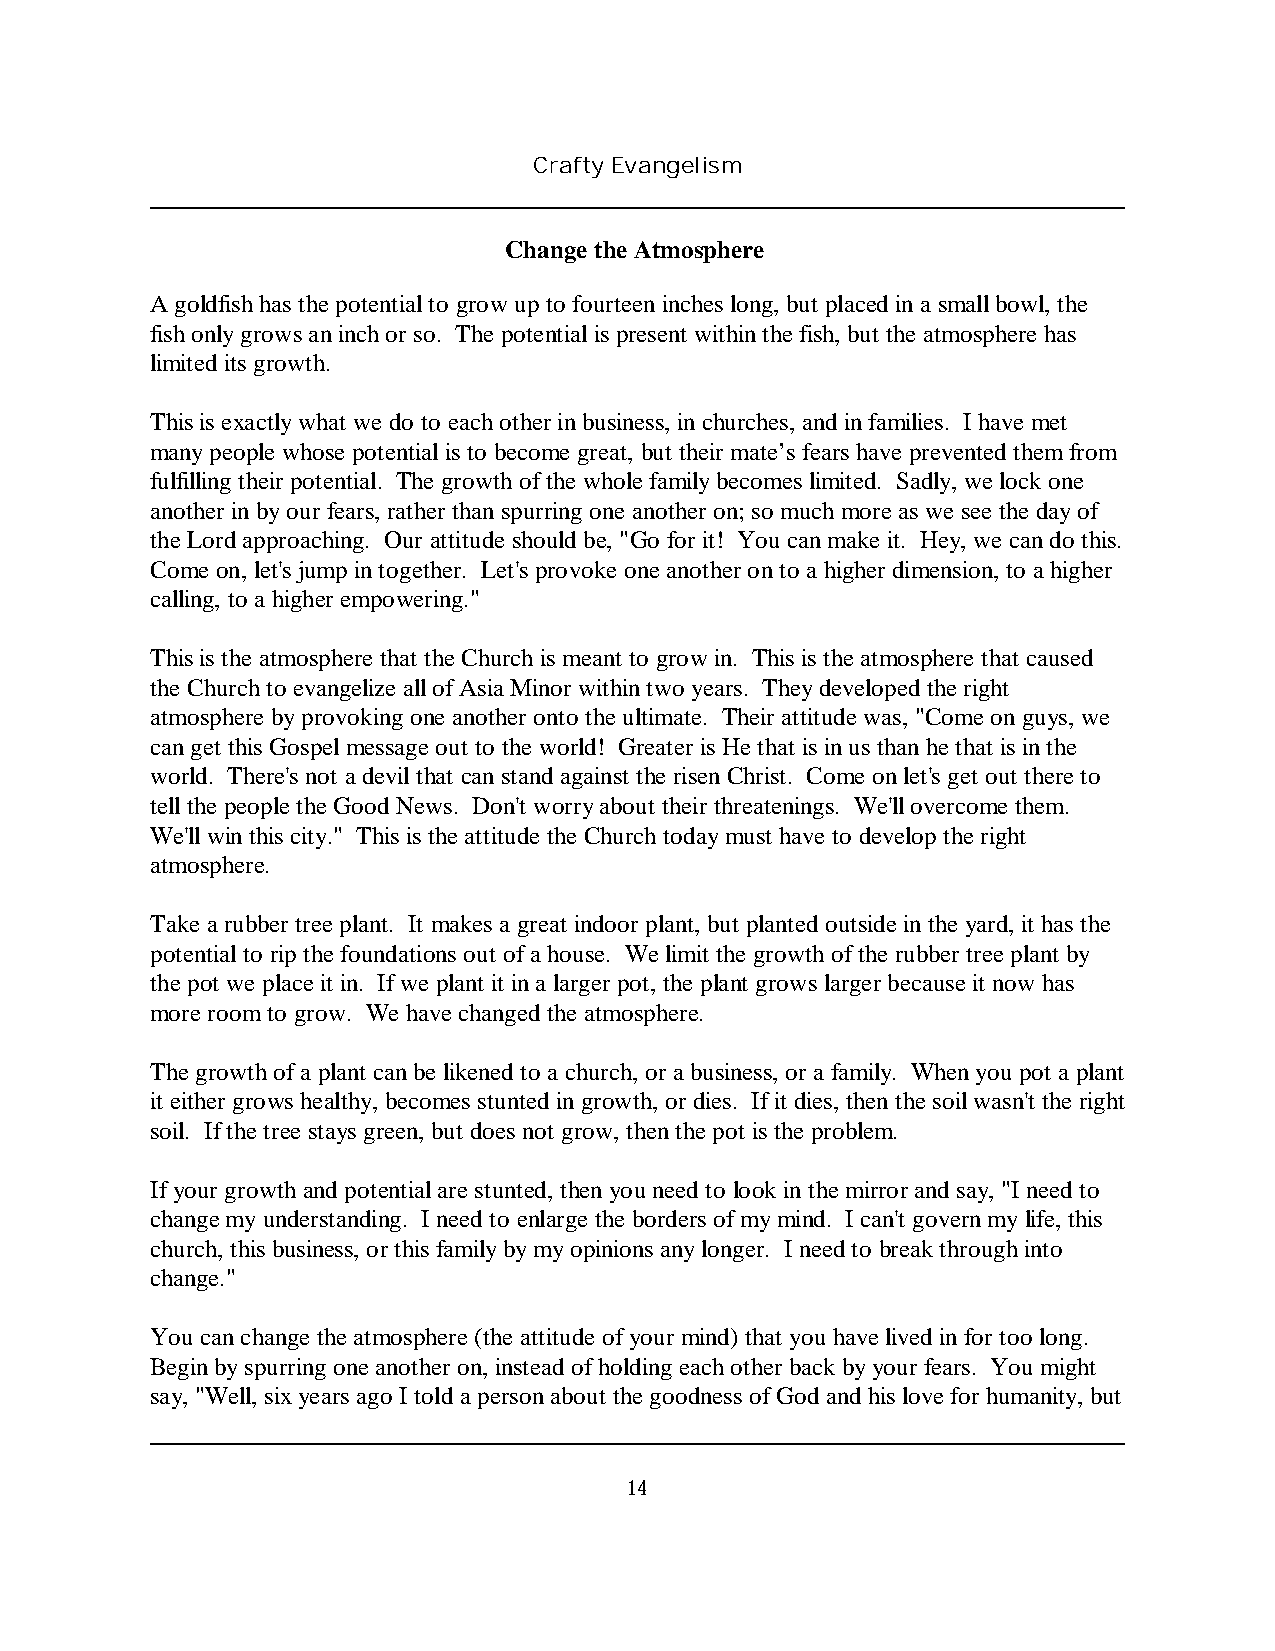
Crafty Evangelism
 Change the Atmosphere
 A goldfish has the potential to grow up to fourteen inches long, but placed in a small bowl, the
 fish only grows an inch or so. The potential is present within the fish, but the atmosphere has
 limited its growth.
 This is exactly what we do to each other in business, in churches, and in families. I have met
 many people whose potential is to become great, but their mate’s fears have prevented them from
 fulfilling their potential. The growth of the whole family becomes limited. Sadly, we lock one
 another in by our fears, rather than spurring one another on; so much more as we see the day of
 the Lord approaching. Our attitude should be, "Go for it! You can make it. Hey, we can do this.
 Come on, let's jump in together. Let's provoke one another on to a higher dimension, to a higher
 calling, to a higher empowering."
 This is the atmosphere that the Church is meant to grow in. This is the atmosphere that caused
 the Church to evangelize all of Asia Minor within two years. They developed the right
 atmosphere by provoking one another onto the ultimate. Their attitude was, "Come on guys, we
 can get this Gospel message out to the world! Greater is He that is in us than he that is in the
 world. There's not a devil that can stand against the risen Christ. Come on let's get out there to
 tell the people the Good News. Don't worry about their threatenings. We'll overcome them.
 We'll win this city." This is the attitude the Church today must have to develop the right
 atmosphere.
 Take a rubber tree plant. It makes a great indoor plant, but planted outside in the yard, it has the
 potential to rip the foundations out of a house. We limit the growth of the rubber tree plant by
 the pot we place it in. If we plant it in a larger pot, the plant grows larger because it now has
 more room to grow. We have changed the atmosphere.
 The growth of a plant can be likened to a church, or a business, or a family. When you pot a plant
 it either grows healthy, becomes stunted in growth, or dies. If it dies, then the soil wasn't the right
 soil. If the tree stays green, but does not grow, then the pot is the problem.
 If your growth and potential are stunted, then you need to look in the mirror and say, "I need to
 change my understanding. I need to enlarge the borders of my mind. I can't govern my life, this
 church, this business, or this family by my opinions any longer. I need to break through into
 change."
 You can change the atmosphere (the attitude of your mind) that you have lived in for too long.
 Begin by spurring one another on, instead of holding each other back by your fears. You might
 say, "Well, six years ago I told a person about the goodness of God and his love for humanity, but
 14